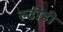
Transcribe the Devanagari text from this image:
रुढीही